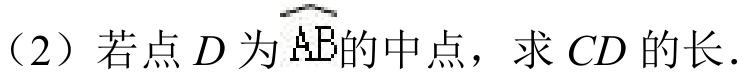
（2）若点\(D\)为\(\overset{\frown}{AE}\)的中点，求\(CD\)的长．